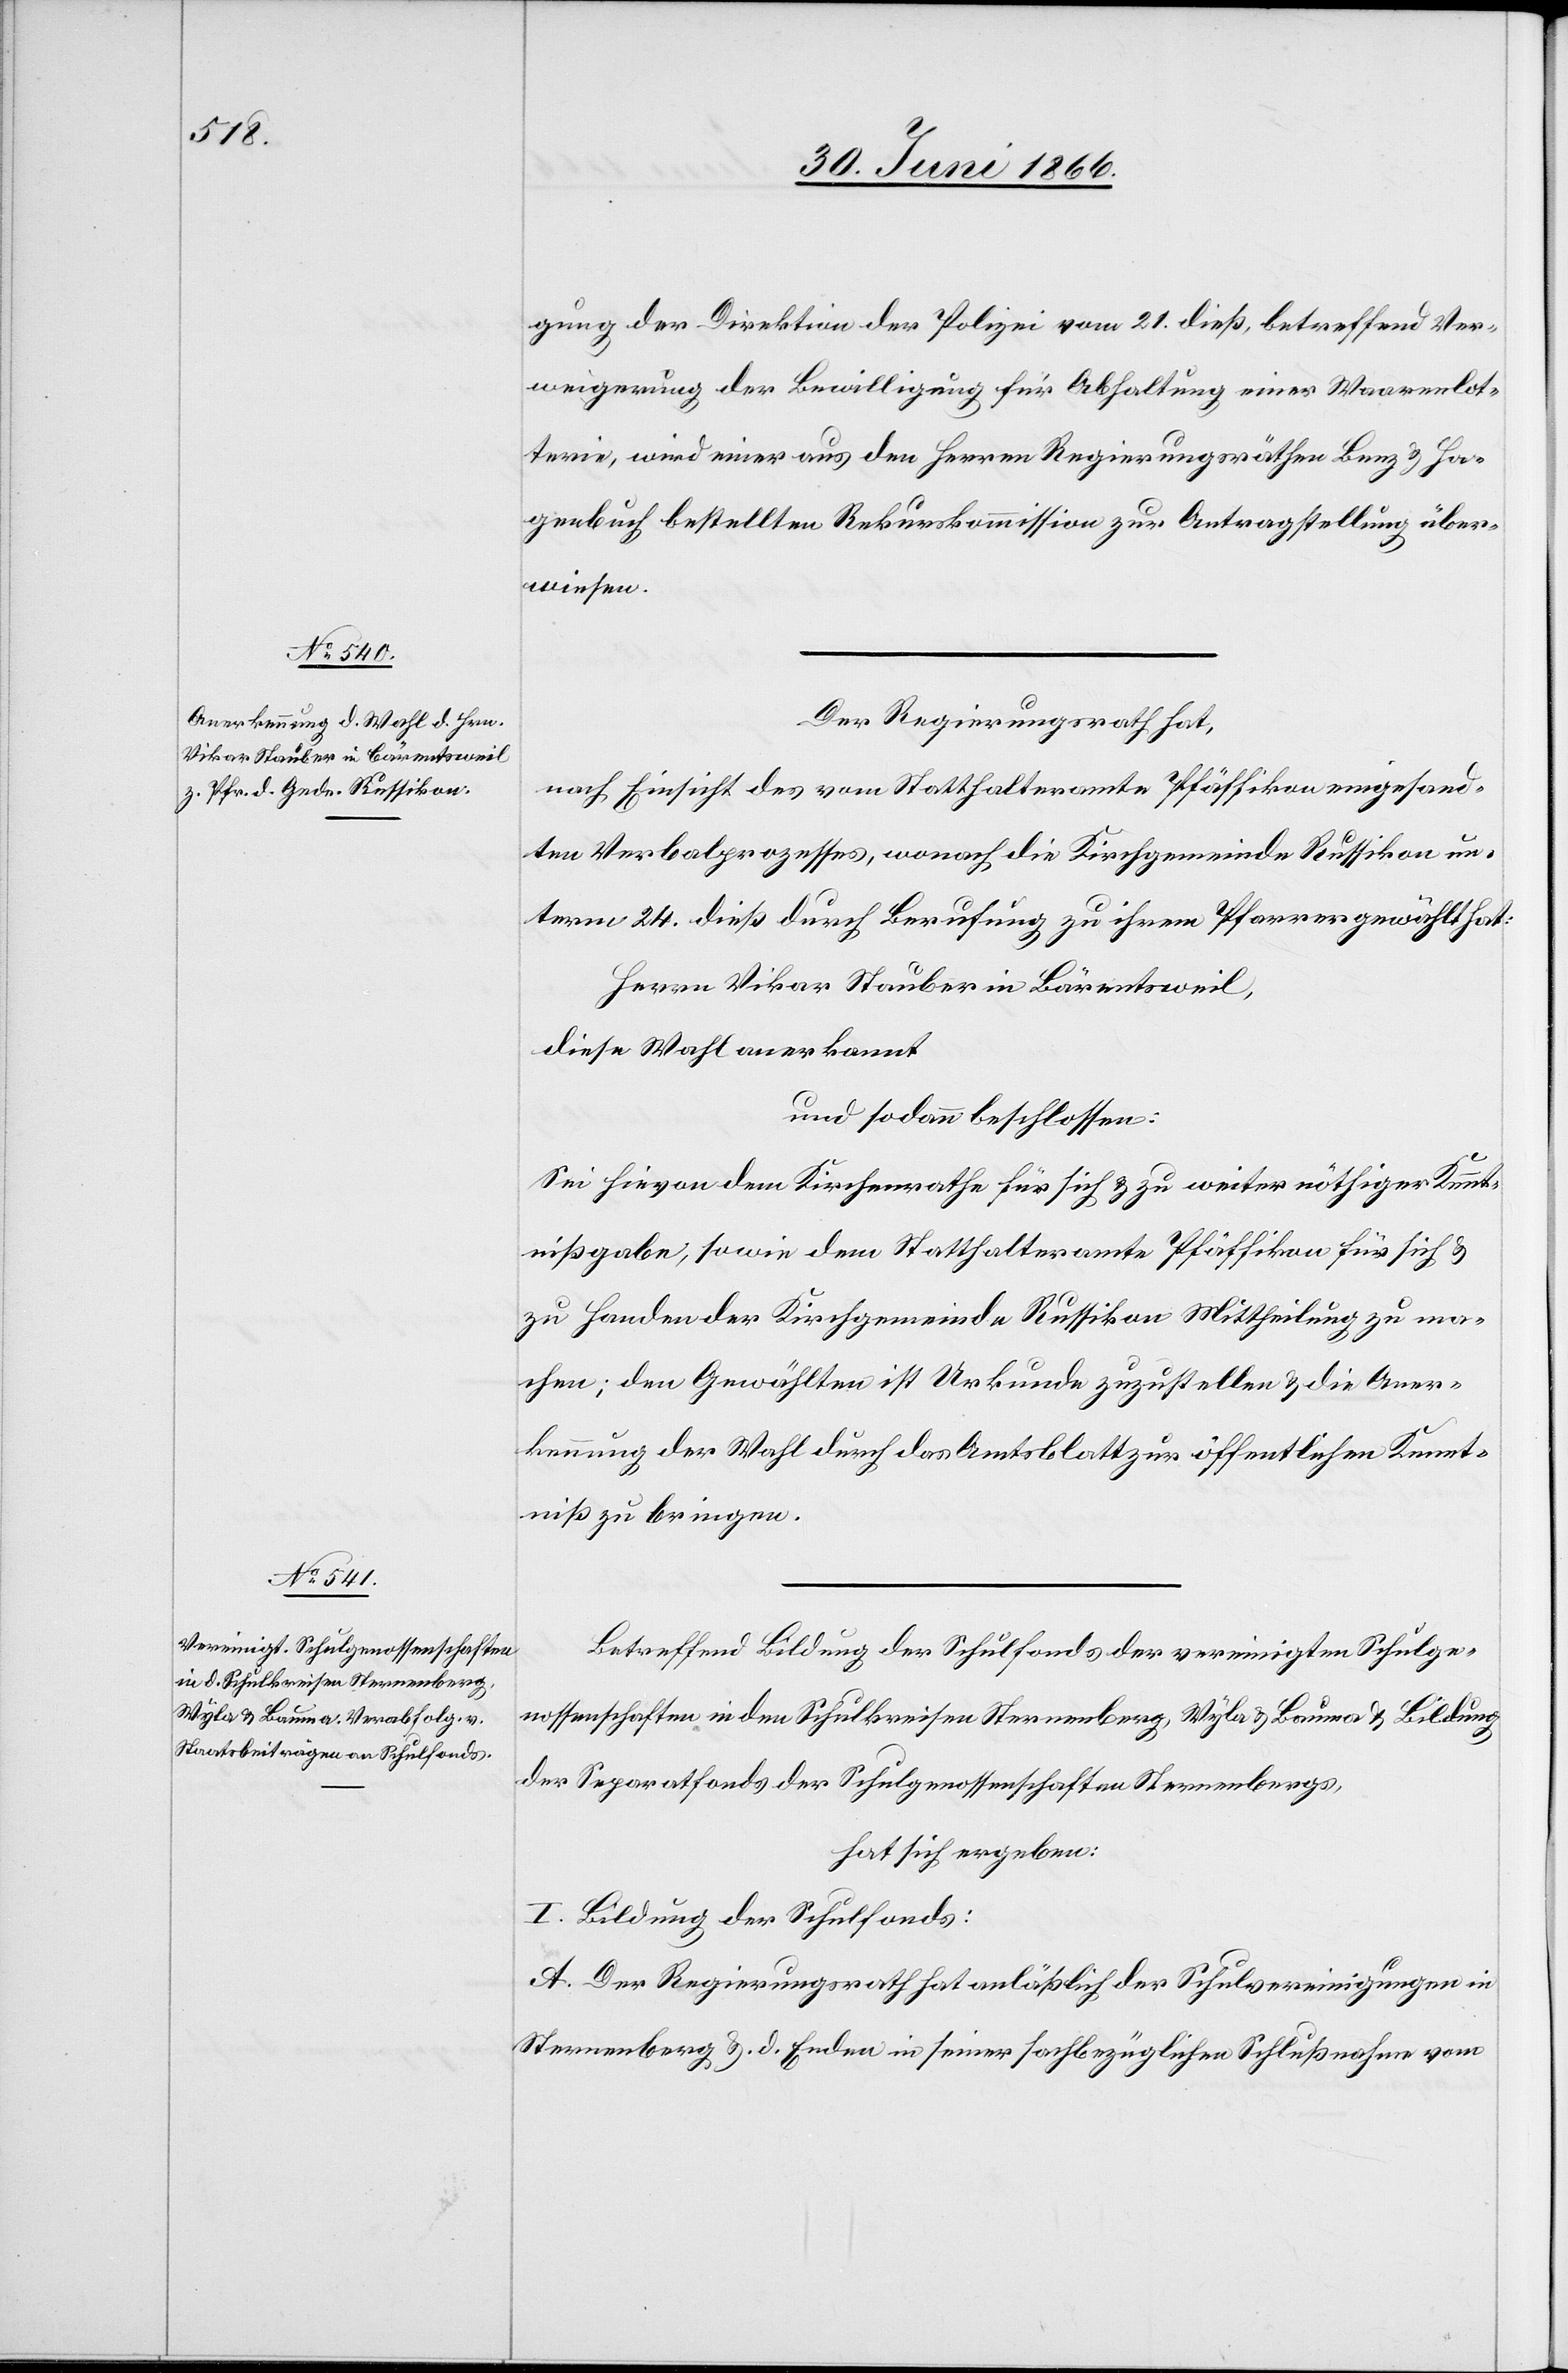
gung der Direktion der Polizei vom 21. dieß, betreffend Ver¬
weigerung der Bewilligung für Abhaltung einer Waarenlot¬
terie, wird einer aus den Herren Regierungsräthen Benz u. Ha¬
genbuch bestellten Rekurskommission zur Antragstellung über¬
wiesen.
Der Regierungsrath hat,
nach Einsicht des vom Statthalteramte Pfäffikon eingesand¬
ten Verbalprozesses, wonach die Kirchgemeinde Russikon un¬
term 24. dieß durch Berufung zu ihrem Pfarrer gewählt hat:
Herrn Vikar Stauber von Bärentsweil,
diese Wahl anerkannt
und sodann beschlossen:
Sei hievon dem Kirchenrathe für sich u. zu weiter nöthiger Kennt¬
nißgabe, sowie dem Statthalteramte Pfäffikon für sich u.
zu Handen der Kirchgemeinde Russikon Mittheilung zu ma¬
chen; dem Gewählten ist Urkunde zuzustellen u. die Aner¬
kennung der Wahl durch das Amtsblatt zur öffentlichen Kennt¬
niß zu bringen.
Betreffend Bildung der Schulfonds der vereinigten Schulge¬
nossenschaften in den Schulkreisen Sternenberg, Wyla u. Bauma u. Bildung
der Separatfonds der Schulgenossenschaften Sternenbergs,
hat sich ergeben:
I. Bildung der Schulfonds:
A. Der Regierungsrath hat anläßlich der Schulvereinigung in
Sternenberg u. d. Enden in seiner sachbezüglichen Schlußnahme vom